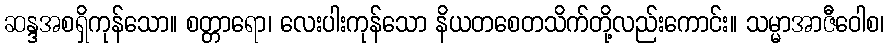
ဆန္ဒအစရှိကုန်သော။ စတ္တာရော၊ လေးပါးကုန်သော နိယတစေတသိက်တို့လည်းကောင်း။ သမ္မာအာဇီဝေါစ၊